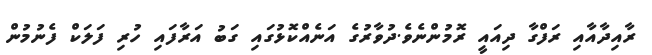
ރާއިދާއާއި ރަފްގާ ދިއައީ ރޮމުންނެވެ.ދުވާރުގެ އަނެއްކޮޅުގައި ގަބު އަރާފައި ހުރި ފަލަކް ފެނުމުން